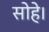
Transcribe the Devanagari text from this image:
सोहे।